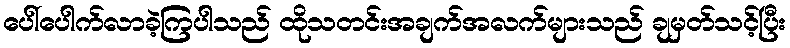
ပေါ်ပေါက်လာခဲ့ကြပါသည် ထိုသတင်းအချက်အလက်များသည် ချမှတ်သင့်ပြီး